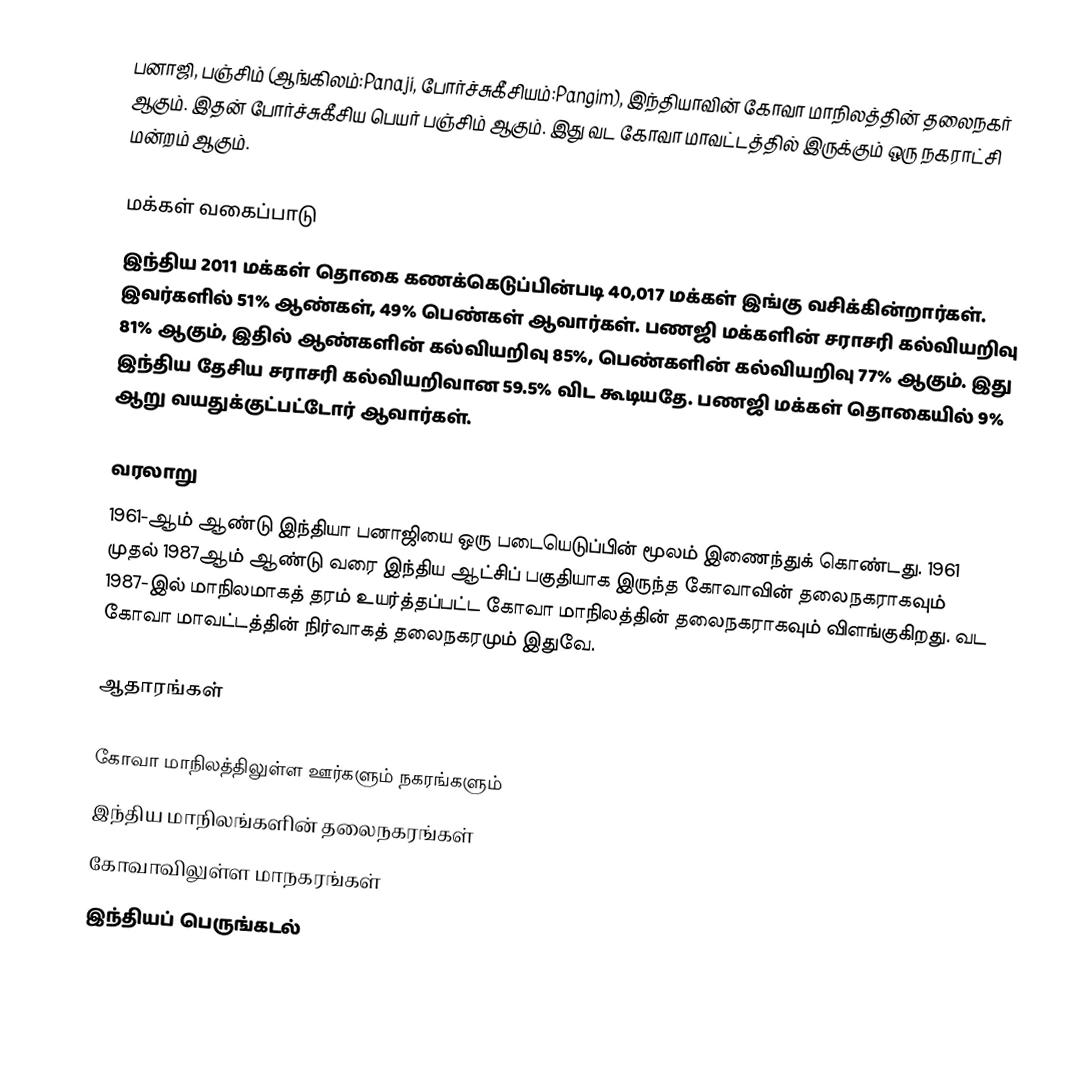
பனாஜி, பஞ்சிம் (ஆங்கிலம்:Panaji, போர்ச்சுகீசியம்:Pangim), இந்தியாவின் கோவா மாநிலத்தின் தலைநகர் ஆகும். இதன் போர்ச்சுகீசிய பெயர் பஞ்சிம் ஆகும். இது வட கோவா மாவட்டத்தில் இருக்கும் ஒரு நகராட்சி மன்றம் ஆகும்.

மக்கள் வகைப்பாடு
இந்திய 2011 மக்கள் தொகை கணக்கெடுப்பின்படி 40,017 மக்கள் இங்கு வசிக்கின்றார்கள். இவர்களில் 51% ஆண்கள், 49% பெண்கள் ஆவார்கள். பணஜி மக்களின் சராசரி கல்வியறிவு 81% ஆகும்,  இதில் ஆண்களின் கல்வியறிவு 85%,  பெண்களின் கல்வியறிவு 77% ஆகும். இது இந்திய தேசிய சராசரி கல்வியறிவான 59.5% விட கூடியதே. பணஜி மக்கள் தொகையில் 9%  ஆறு வயதுக்குட்பட்டோர் ஆவார்கள்.

வரலாறு
1961-ஆம் ஆண்டு இந்தியா பனாஜியை ஒரு படையெடுப்பின் மூலம் இணைந்துக் கொண்டது. 1961 முதல் 1987ஆம் ஆண்டு வரை இந்திய ஆட்சிப் பகுதியாக இருந்த கோவாவின் தலைநகராகவும் 1987-இல் மாநிலமாகத் தரம் உயர்த்தப்பட்ட கோவா மாநிலத்தின் தலைநகராகவும் விளங்குகிறது. வட கோவா மாவட்டத்தின் நிர்வாகத் தலைநகரமும் இதுவே.

ஆதாரங்கள்

கோவா மாநிலத்திலுள்ள ஊர்களும் நகரங்களும்
இந்திய மாநிலங்களின் தலைநகரங்கள்
கோவாவிலுள்ள மாநகரங்கள்
இந்தியப் பெருங்கடல்